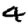
Digit: 4